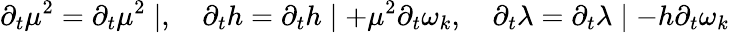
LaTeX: \partial_{t}\mu^{2}=\partial_{t}\mu^{2}\mid,\quad\partial_{t}h=\partial_{t}h\mid+\mu^{2}\partial_{t}\omega_{k},\quad\partial_{t}\lambda=\partial_{t}\lambda\mid-h\partial_{t}\omega_{k}